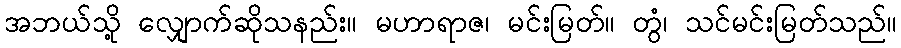
အဘယ်သို့ လျှောက်ဆိုသနည်း။ မဟာရာဇ၊ မင်းမြတ်။ တွံ၊ သင်မင်းမြတ်သည်။